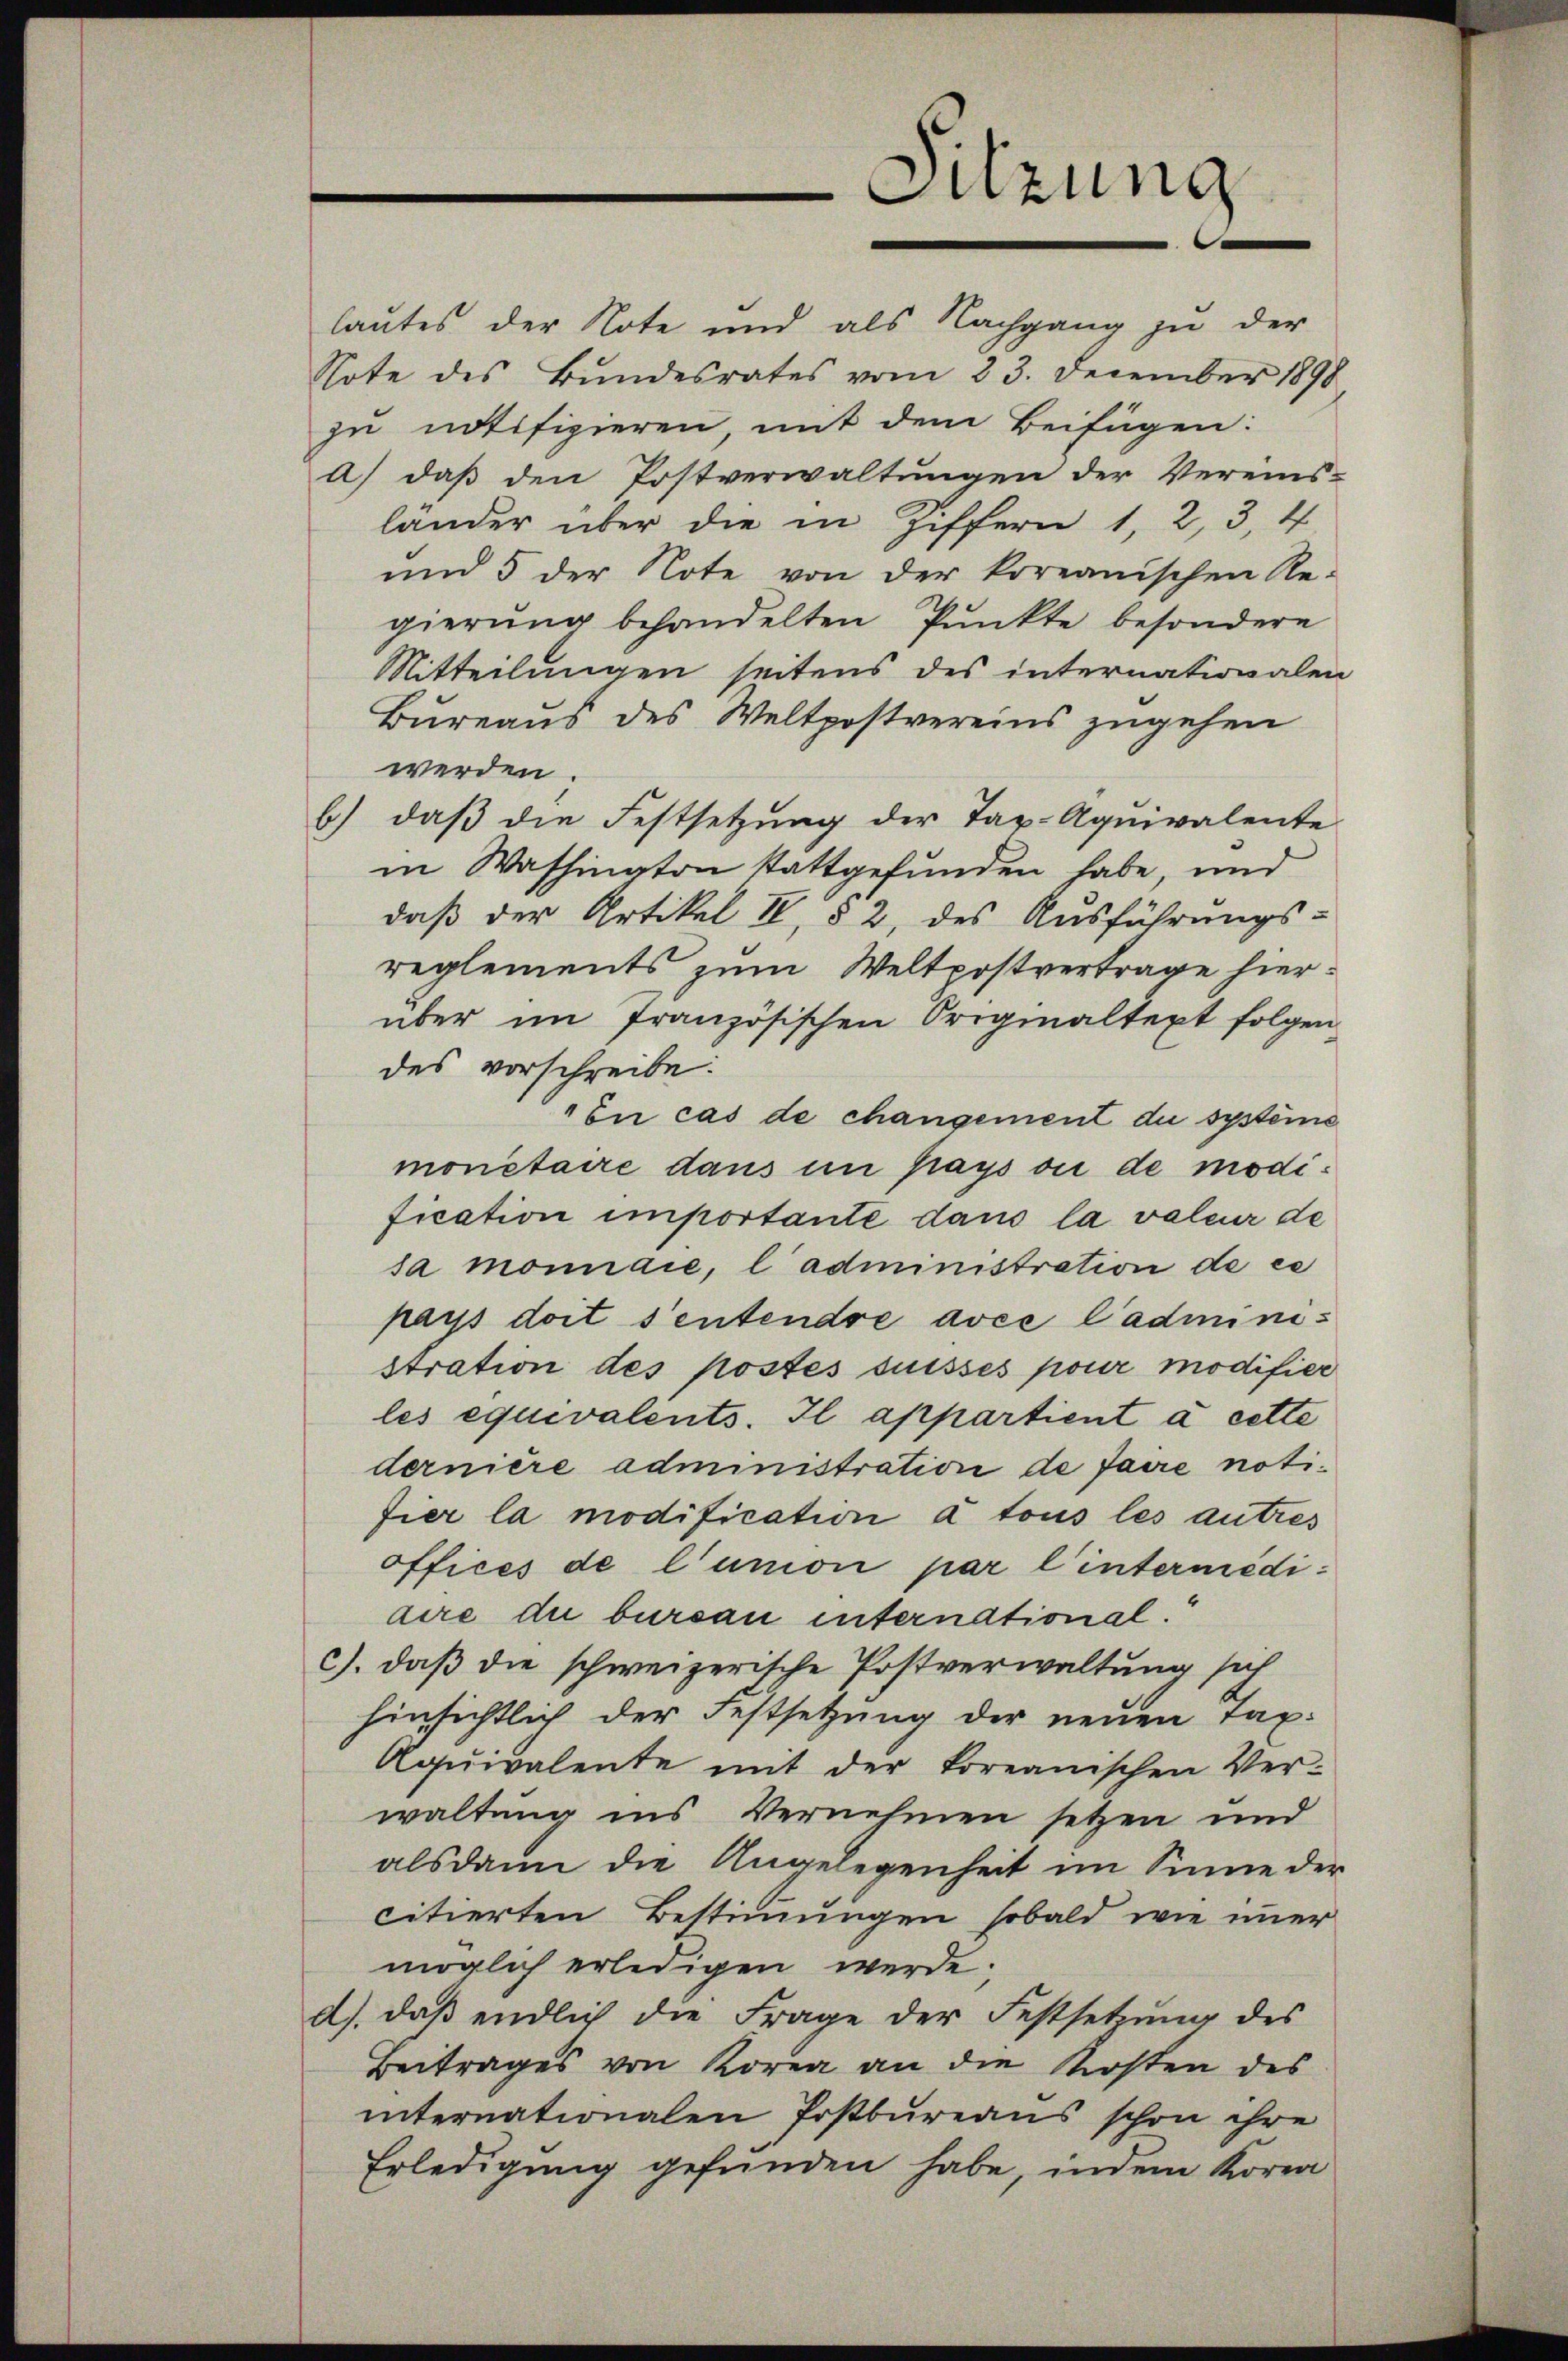
lautes der Note und als Nachgang zu der
Note des Bŭndesrates vom 23. December 1898
zu notifizieren, mit dem Beifügen:
a) daβ den Postverwaltŭngen der Vereins-
lander über die in Ziffern 1, 2, 3, 4
und 5 der Note von der koreanischen Re-
gierung behandelten Punkte besondere
Mitteilungen seitens des internationalen
Bureaus des Weltpostvereins zugehen
werden.
daß die Festsetzung der Tax- Aquivalente
6
in Washington stattgefunden habe, und
daß der Artikel II, § 2, des Ausführungs-
reglements zum Weltpostvertrage hierüber im französischen Originaltext folgen
des vorschreibe.
En cas de changement du systeme
monetaire dans in pays ou de modification importante dans la valeur de
sa monnaie, l’administration de ce
pays doit sentendre avec l’administration des postés suisses pour modifier
les equivalents. Il appartient à cette
dernière administration de faire notifier la modification à tous les autres
offices de l’union par l’intermediaire die bursau international.
c). daß die schweizerische Postverwaltung sich
hinsichtlich der Festsetzung der neuen Tax.
Aqŭivalente mit der foreanischen Ver-
waltung ins Vernehmen setzen und
alsdann die Angelegenheit im Sinne der
citierten Bestimmungen sobald wie immer
möglich erledigen werde.
d) daß endlich die Frage der Festsetzŭng des
Beitrages von Korea an die Kosten des
internationalen Postbureaus schon ihre
Erledigung gefunden habe, indem Korra

Sitzung